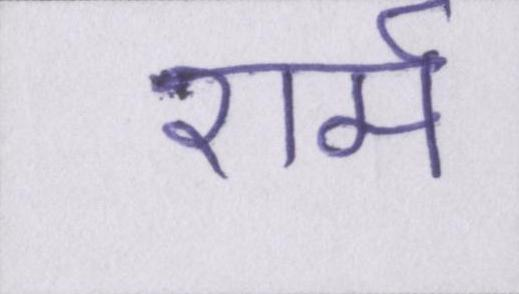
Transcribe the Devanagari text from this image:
शर्म